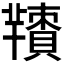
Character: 𦏙